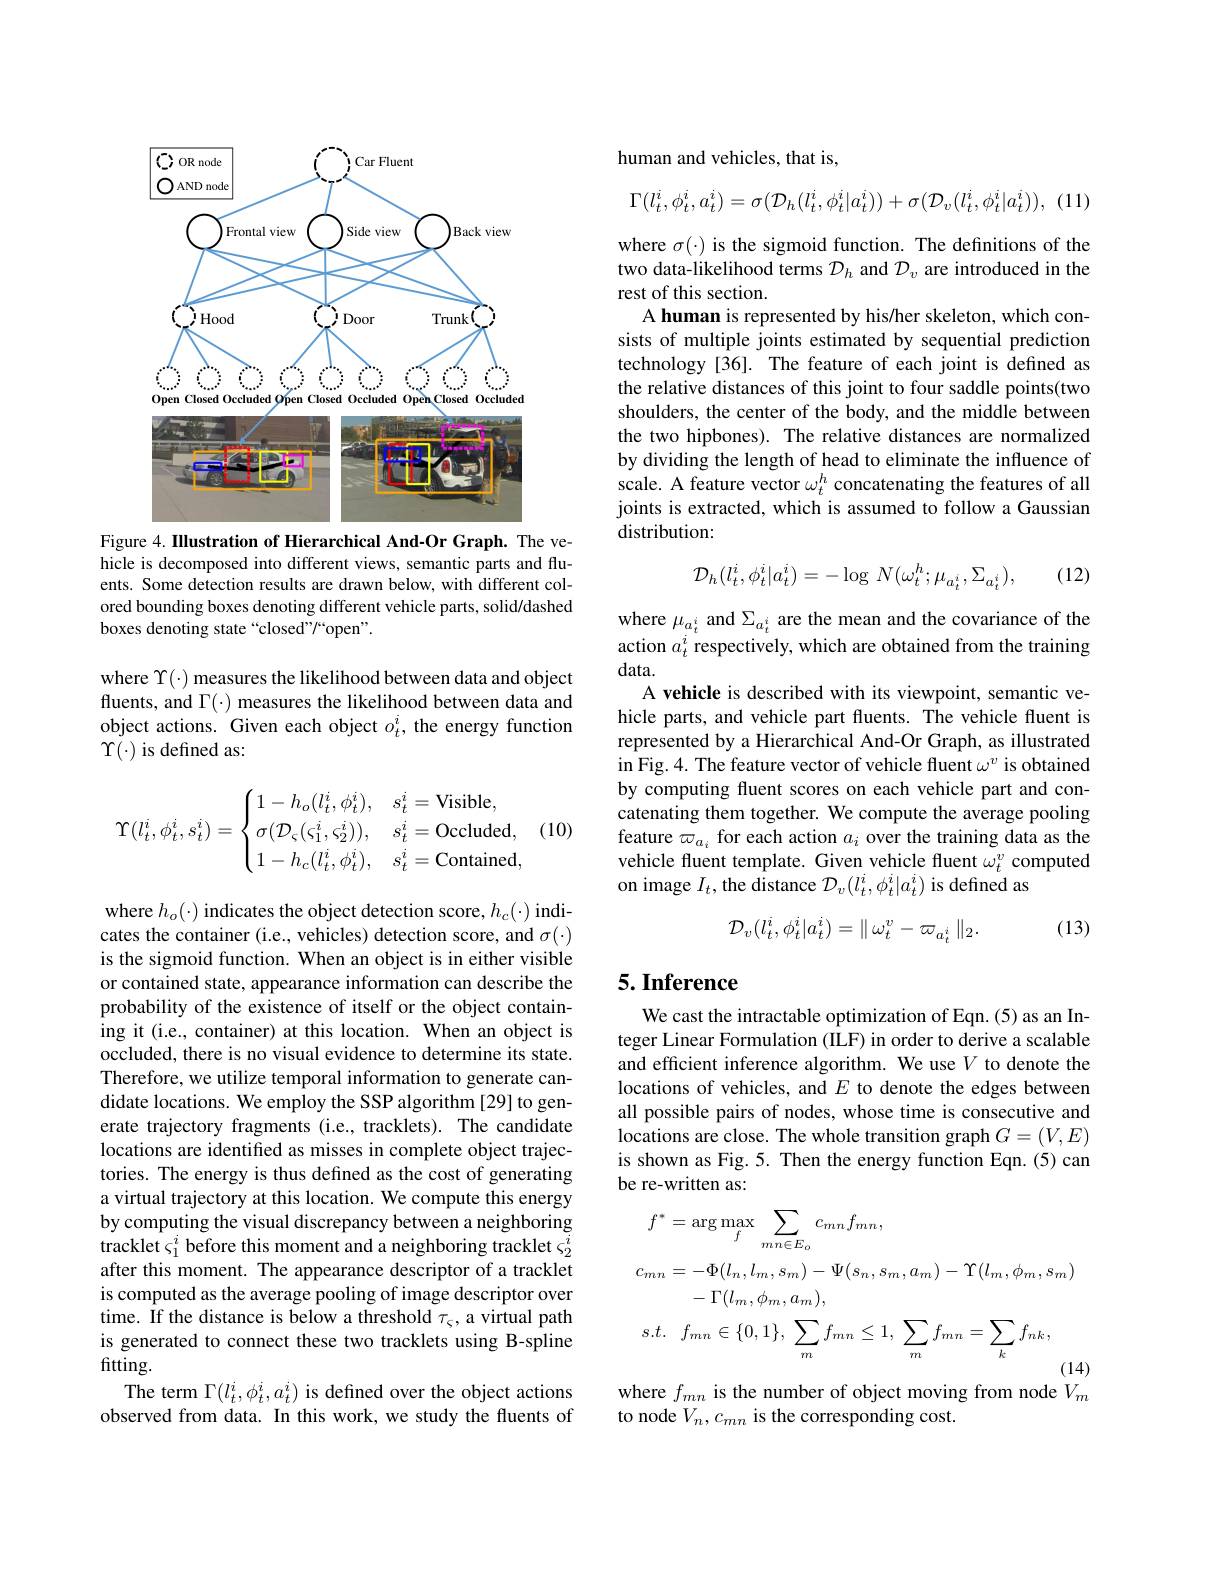
<FigureHere>
Figure 4. IIlustration of Hierarchical And-Or Graph. The ve-

hicle is decomposed into different views, semantic parts and fluents. Some detection results are drawn below, with different colored bounding boxes denoting different vehicle parts, solid/dashed boxes denoting state “closed”/“open”.

where $\Upsilon(\cdot)$ measures the likelihood between data and object fluents, and $\Gamma(\cdot)$ measures the likelihood between data and object actions. Given each object $o_t^i$, the energy function $\Upsilon(\cdot)$ is defined as:
$$\Upsilon(l_t^i,\phi_t^i,s_t^i)=\begin{cases}1-h_o(l_t^i,\phi_t^i),&s_t^i=\text{Visible,}\\\sigma(\mathcal{D}_\varsigma(\varsigma_1^i,\varsigma_2^i)),&s_t^i=\text{Occluded,}\\1-h_c(l_t^i,\phi_t^i),&s_t^i=\text{Contained,}\end{cases}$$
where $h_o(\cdot)$ indicates the object detection score, $h_c(\cdot)$ indicates the container (i.e., vehicles) detection score, and $\sigma(\cdot)$ is the sigmoid function. When an object is in either visible or contained state, appearance information can describe the probability of the existence of itself or the object containing it (i.e., container) at this location. When an object is occluded, there is no visual evidence to determine its state. Therefore, we utilize temporal information to generate candidate locations. We employ the SSP algorithm [29] to generate trajectory fragments (i.e., tracklets). The candidate locations are identified as misses in complete object trajectories. The energy is thus defined as the cost of generating a virtual trajectory at this location. We compute this energy by computing the visual discrepancy between a neighboring tracklet $\varsigma_1^i$ before this moment and a neighboring tracklet $\varsigma_2^i$ after this moment. The appearance descriptor of a tracklet is computed as the average pooling of image descriptor over time. If the distance is below a threshold $\tau_\varsigma$,a virtual path is generated to connect these two tracklets using B-spline fitting.
The term $\Gamma(l_{t}^{i},\phi_{t}^{i},a_{t}^{i})$ is defined over the object actions observed from data. In this work, we study the fluents of

human and vehicles, that is,
$$\Gamma(l_t^i,\phi_t^i,a_t^i)=\sigma(\mathcal{D}_h(l_t^i,\phi_t^i|a_t^i))+\sigma(\mathcal{D}_v(l_t^i,\phi_t^i|a_t^i)),$$
(11)

where $\sigma(\cdot)$ is the sigmoid function. The definitions of the two data-likelihood terms $\mathcal{D}_h$ and $\mathcal{D}_v$ are introduced in the rest of this section.
A human is represented by his/her skeleton, which consists of multiple joints estimated by sequential prediction technology [36]. The feature of each joint is defined as the relative distances of this joint to four saddle points(two shoulders, the center of the body, and the middle between the two hipbones). The relative distances are normalized by dividing the length of head to eliminate the influence of scale. A feature vector $\omega_t^h$ concatenating the features of all joints is extracted, which is assumed to follow a Gaussian distribution:

(12)
$$\mathcal{D}_{h}(l_{t}^{i},\phi_{t}^{i}|a_{t}^{i})=-\log\:N(\omega_{t}^{h};\mu_{a_{t}^{i}},\Sigma_{a_{t}^{i}}),$$
where $\mu_{a_{t}^{i}}$ and $\Sigma_{a_{t}^{i}}$ are the mean and the covariance of the action $a_t^i$ respectively, which are obtained from the training data.
A vehicle is described with its viewpoint, semantic vehicle parts, and vehicle part fluents. The vehicle fluent is represented by a Hierarchical And-Or Graph, as illustrated in Fig. 4. The feature vector of vehicle fluent $\omega^v$ is obtained by computing fluent scores on each vehicle part and concatenating them together. We compute the average pooling feature $\varpi_{a_i}$ for each action $a_i$ over the training data as the vehicle fluent template. Given vehicle fluent $\omega_t^v$ computed on image $I_t$,the distance $\mathcal{D}_v(l_t^i,\phi_t^i|a_t^i)$ is defined as

(13)
$$\mathcal{D}_{v}(l_{t}^{i},\phi_{t}^{i}|a_{t}^{i})=\parallel\omega_{t}^{v}-\varpi_{a_{t}^{i}}\parallel_{2}.$$
## 5. Inference

We cast the intractable optimization of Eqn.(5) as an Integer Linear Formulation (ILF) in order to derive a scalable and efficient inference algorithm. We use $V$ to denote the locations of vehicles, and $E$ to denote the edges between all possible pairs of nodes, whose time is consecutive and locations are close. The whole transition graph $G=(V,E)$ is shown as Fig. 5. Then the energy function Eqn.(5) can be re-written as:
$$\begin{aligned}&f^{*}=\arg\max_{f}\sum_{mn\in E_{o}}c_{mn}f_{mn},\\&c_{mn}=-\Phi(l_{n},l_{m},s_{m})-\Psi(s_{n},s_{m},a_{m})-\Upsilon(l_{m},\phi_{m},s_{m})\\&-\Gamma(l_{m},\phi_{m},a_{m}),\\&s.t.\quad f_{mn}\in\{0,1\},\:\sum_{m}f_{mn}\leq1,\:\sum_{m}f_{mn}=\sum_{k}f_{nk},\end{aligned}$$
where $f_{mn}$ is the number of object moving from node $V_m$

to node $V_n,c_{mn}$ is the corresponding cost.